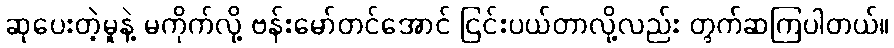
ဆုပေးတဲ့မူနဲ့ မကိုက်လို့ ဗန်းမော်တင်အောင် ငြင်းပယ်တာလို့လည်း တွက်ဆကြပါတယ်။